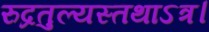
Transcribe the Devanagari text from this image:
रुद्रतुल्यस्तथाऽत्र।